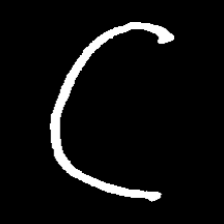
Pyu character \u2014 Myanmar letter: ဋ (romanized: tta)